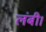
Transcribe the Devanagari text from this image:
लंबी।